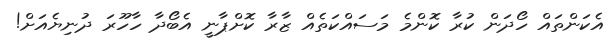
އެކަންތައް ހޯދަން ކުރާ ކޮންމެ މަސައްކަތެއް ޒާރާ ކޮށްޕާނީ އެބޯދާ ހާހޫރަ ދުނިޔެއަށް!